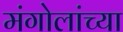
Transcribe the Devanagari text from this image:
मंगोलांच्या